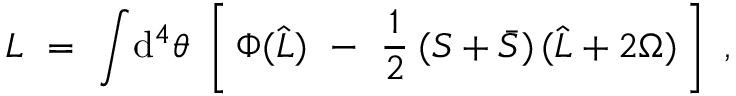
{ \cal L } \ = \ \int \! \mathrm { d } ^ { 4 } \theta \ \left[ \, \Phi ( \widehat L ) \ - \ \frac { 1 } { 2 } \: ( S + \bar { S } ) \, ( \widehat L + 2 \Omega ) \, \right] \ ,